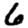
Digit: 6